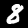
Digit: 8